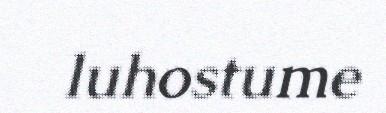
luhostume